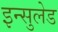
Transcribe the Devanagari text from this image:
इन्सुलेड